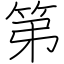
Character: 第